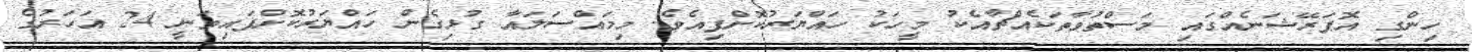
ހިންގި އޮޕަރޭޝަނެއްގައި މަސްތުވާތަކެއްޗާއެކު މީހަކު ހައްޔަރުކޮށްފިއެވެ. މިމައްސަލައާ ގުޅިގެން ހައްޔަރުކޮށްފައިވަނީ 24 އަހަރުގެ